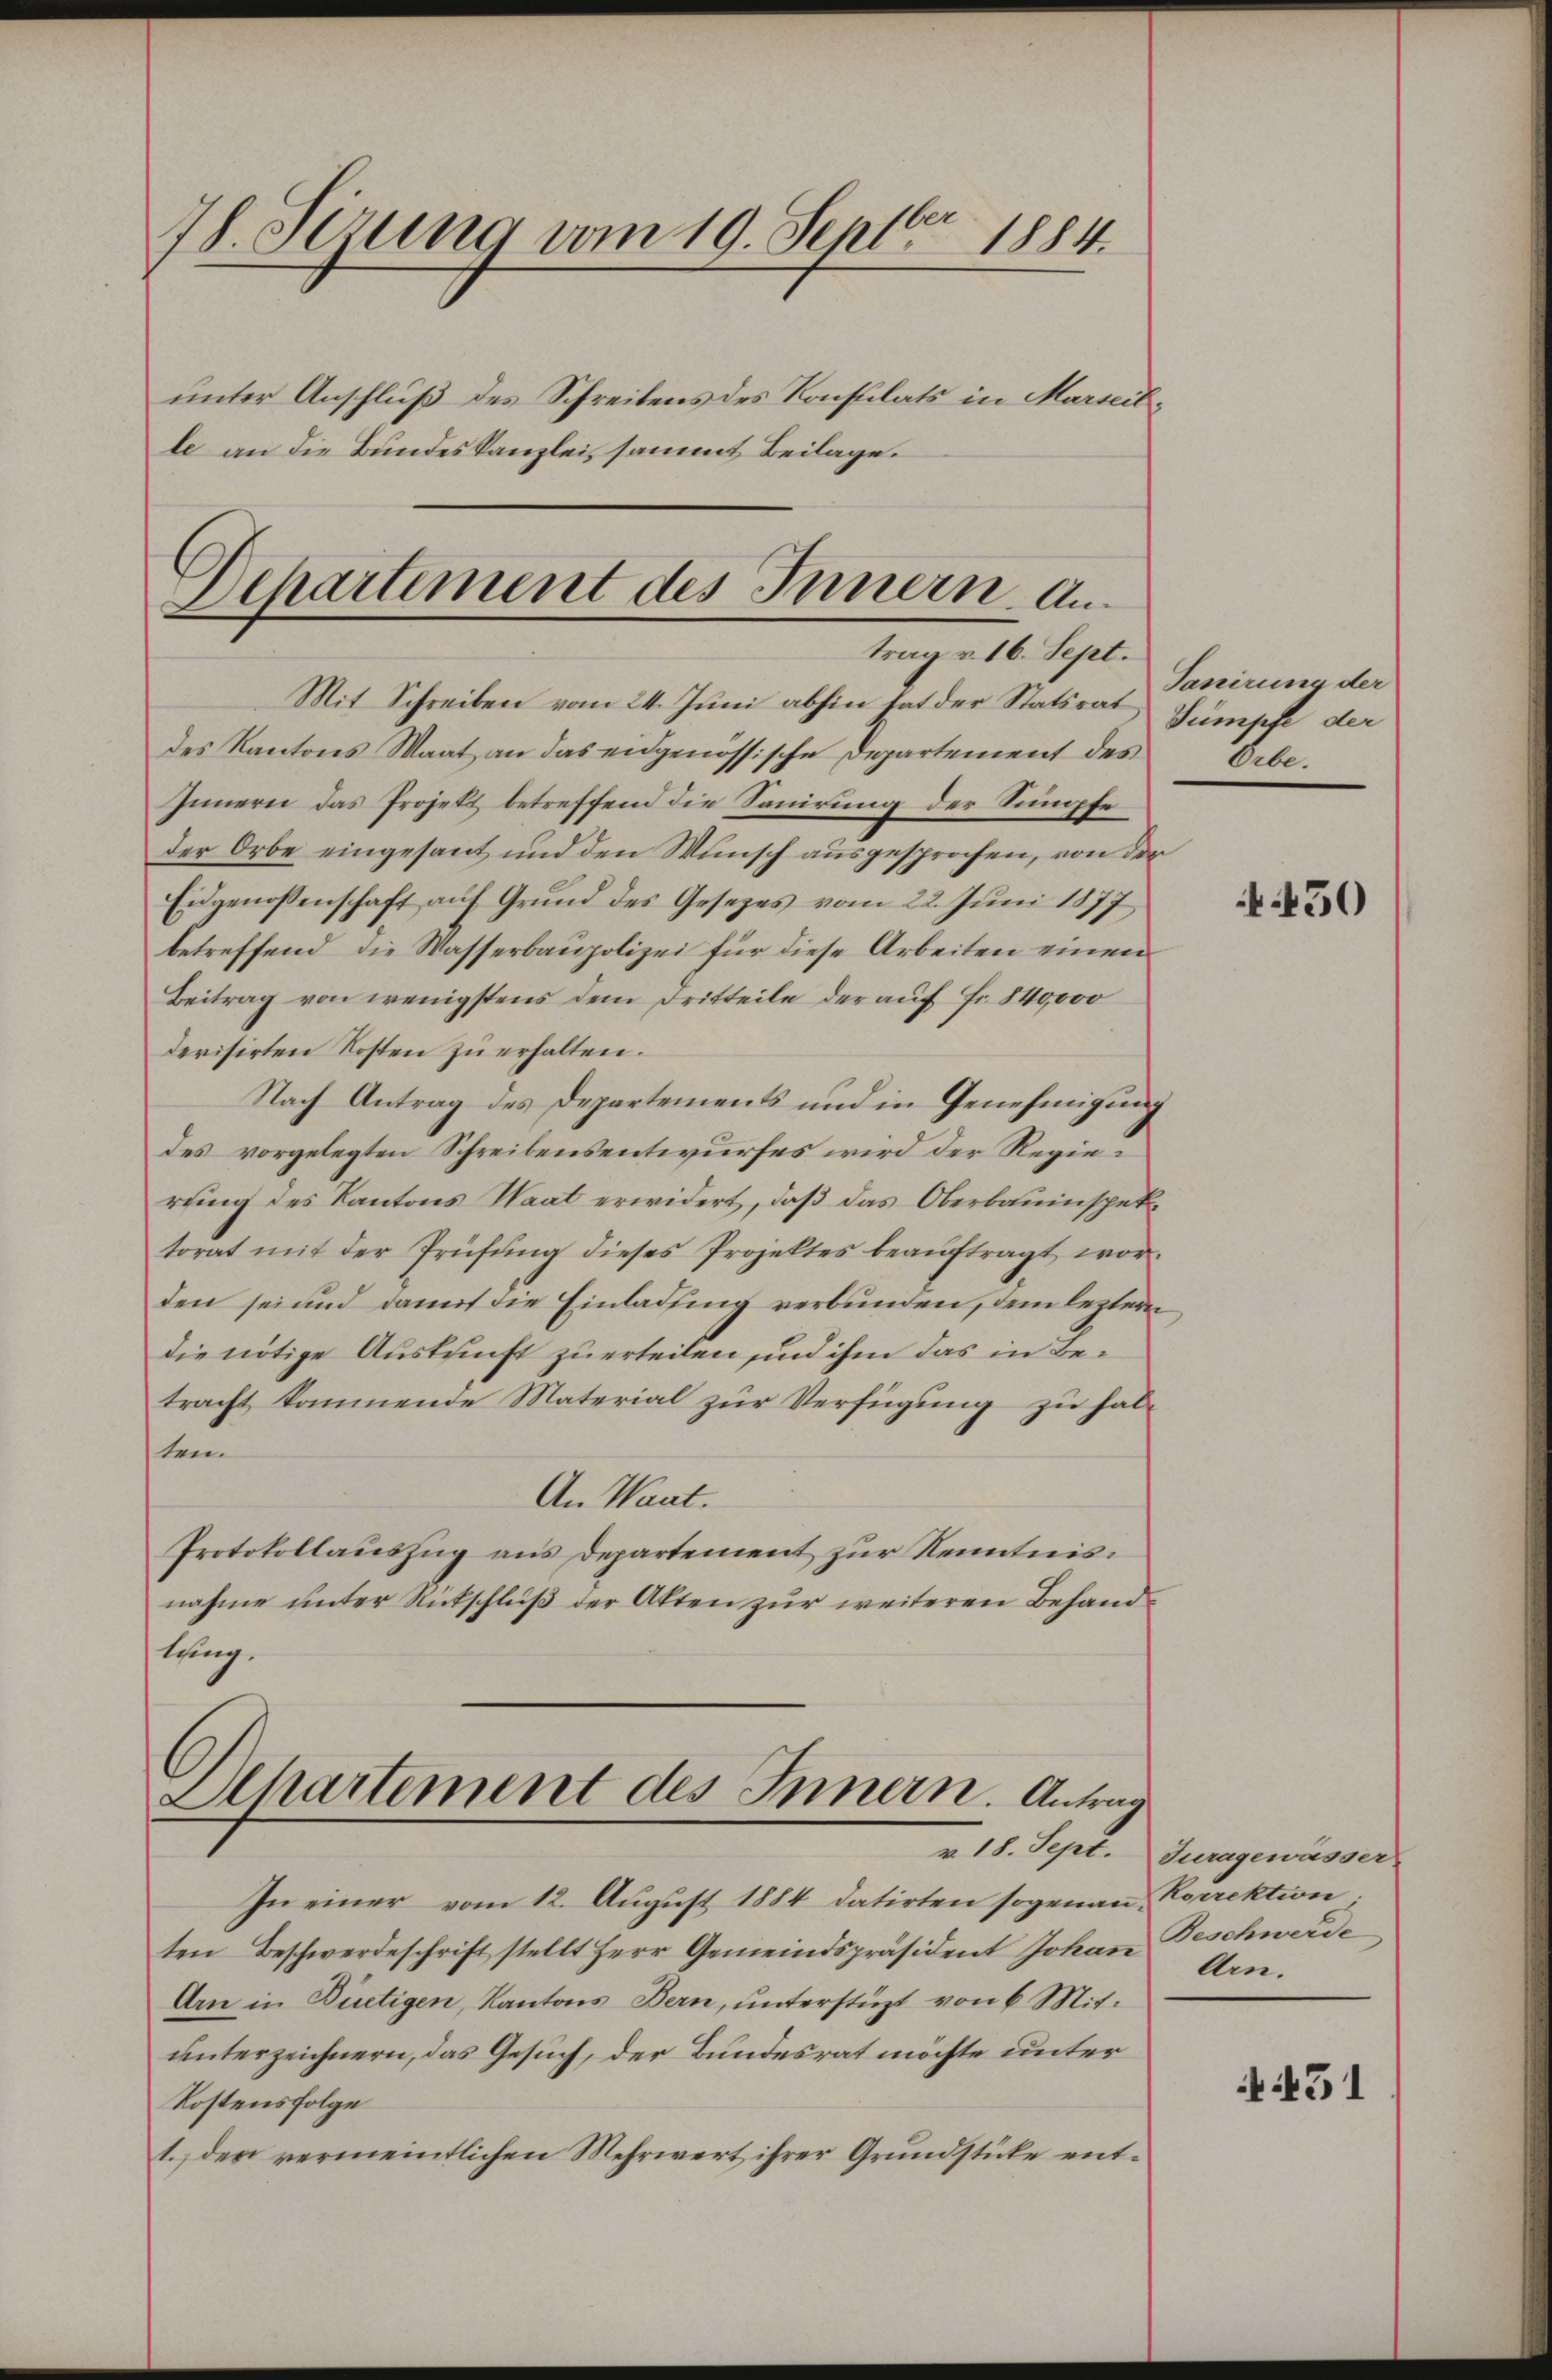
78. Sizung vom 19. Septbr. 1884.

unter Anschluß des Schreibens des Konsulats in Marseille an die Bundeskanzlei, sammt Beilage.

Departement des Innern. Antrag v. 16. Sept.

Mit Schreiben vom 24. Juni abhin hat der Statsrat Sümpfe der
des Kantons Maat an das eidgenössische Departement des
Innern das Projekt betreffend die Sanirung der Sumpfe
der Orbe eingesant und den Wunsch ausgesprochen, von der
Eidgenossenschaft auf Grund des Gesetzes vom 22. Juni 1877
betreffend die Wasserbaupolizei für diese Arbeiten einen
Beitrag von wenigstens dem Dritteile der auf Fr. 840000
derisirten Kosten zu erhalten.
Nach Antrag des Departements und in Genehmigung
des vorgelegten Schreibensentwurfes wird der Regierung des Kantons Waat erwidert, daß das Oberbauinspektorat mit der Prüfŭng dieses Projektes beaŭftragt worden sei und damit die Einladung verbunden, dem leztern
die nötige Auskunft zu erteilen und ihm das in Betracht kommende Material zur Verfügung zu halten.
An Want.
Protokollauszug aus Departement zur Kenntnis:
nahme unter Rückschluß der Akten zur weiteren Behandlung.

Dchartement des Innern. Antrag

In einer vom 12. August 1884 datirten sogenau, Korrektion
ten Beschwerdeschrift stellt Herr Gemeindspräsident Johan
Arn in Bietigen, Kantons Bern, unterstüzt von 6 Mitunterzeichnern, das Gesuch, der Bundesrat möchte unter
Kostensfolge
1.) der vermeintlichen Mehrwert ihrer Grundstücke ent¬

Tanirung der
Orbe.

450

v. 18. Sept. Juragewässer
Beschwerde
Arn.

431